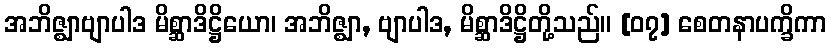
အဘိဇ္ဈာဗျာပါဒ မိစ္ဆာဒိဋ္ဌိယော၊ အဘိဇ္ဈာ, ဗျာပါဒ, မိစ္ဆာဒိဋ္ဌိတို့သည်။ [၀၇] စေတနာပက္ခိကာ